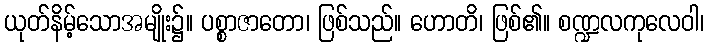
ယုတ်နိမ့်သောအမျိုး၌။ ပစ္စာဇာတော၊ ဖြစ်သည်။ ဟောတိ၊ ဖြစ်၏။ စဏ္ဍလကုလေဝါ၊